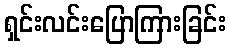
ရှင်းလင်းပြောကြားခြင်း